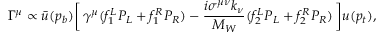
{ \mit \Gamma } ^ { \mu } \propto \bar { u } ( p _ { b } ) \biggl [ \, \gamma ^ { \mu } ( f _ { 1 } ^ { L } P _ { L } + f _ { 1 } ^ { R } P _ { R } ) - { \frac { i \sigma ^ { \mu \nu } k _ { \nu } } { M _ { W } } } ( f _ { 2 } ^ { L } P _ { L } + f _ { 2 } ^ { R } P _ { R } ) \, \biggr ] u ( p _ { t } ) ,